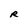
Character: R